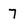
Character: 7